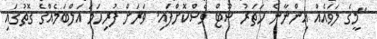
"މީގެ ލަވައެއް އިންނާނެ ހަތަރު ޝޫޓް ވެސްކޮށްފައި. ވަރަށް ފުރިހަމަ އަލްބަމެއްގެ ގޮތުގައި